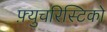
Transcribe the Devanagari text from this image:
फ़्युचरिस्टिको